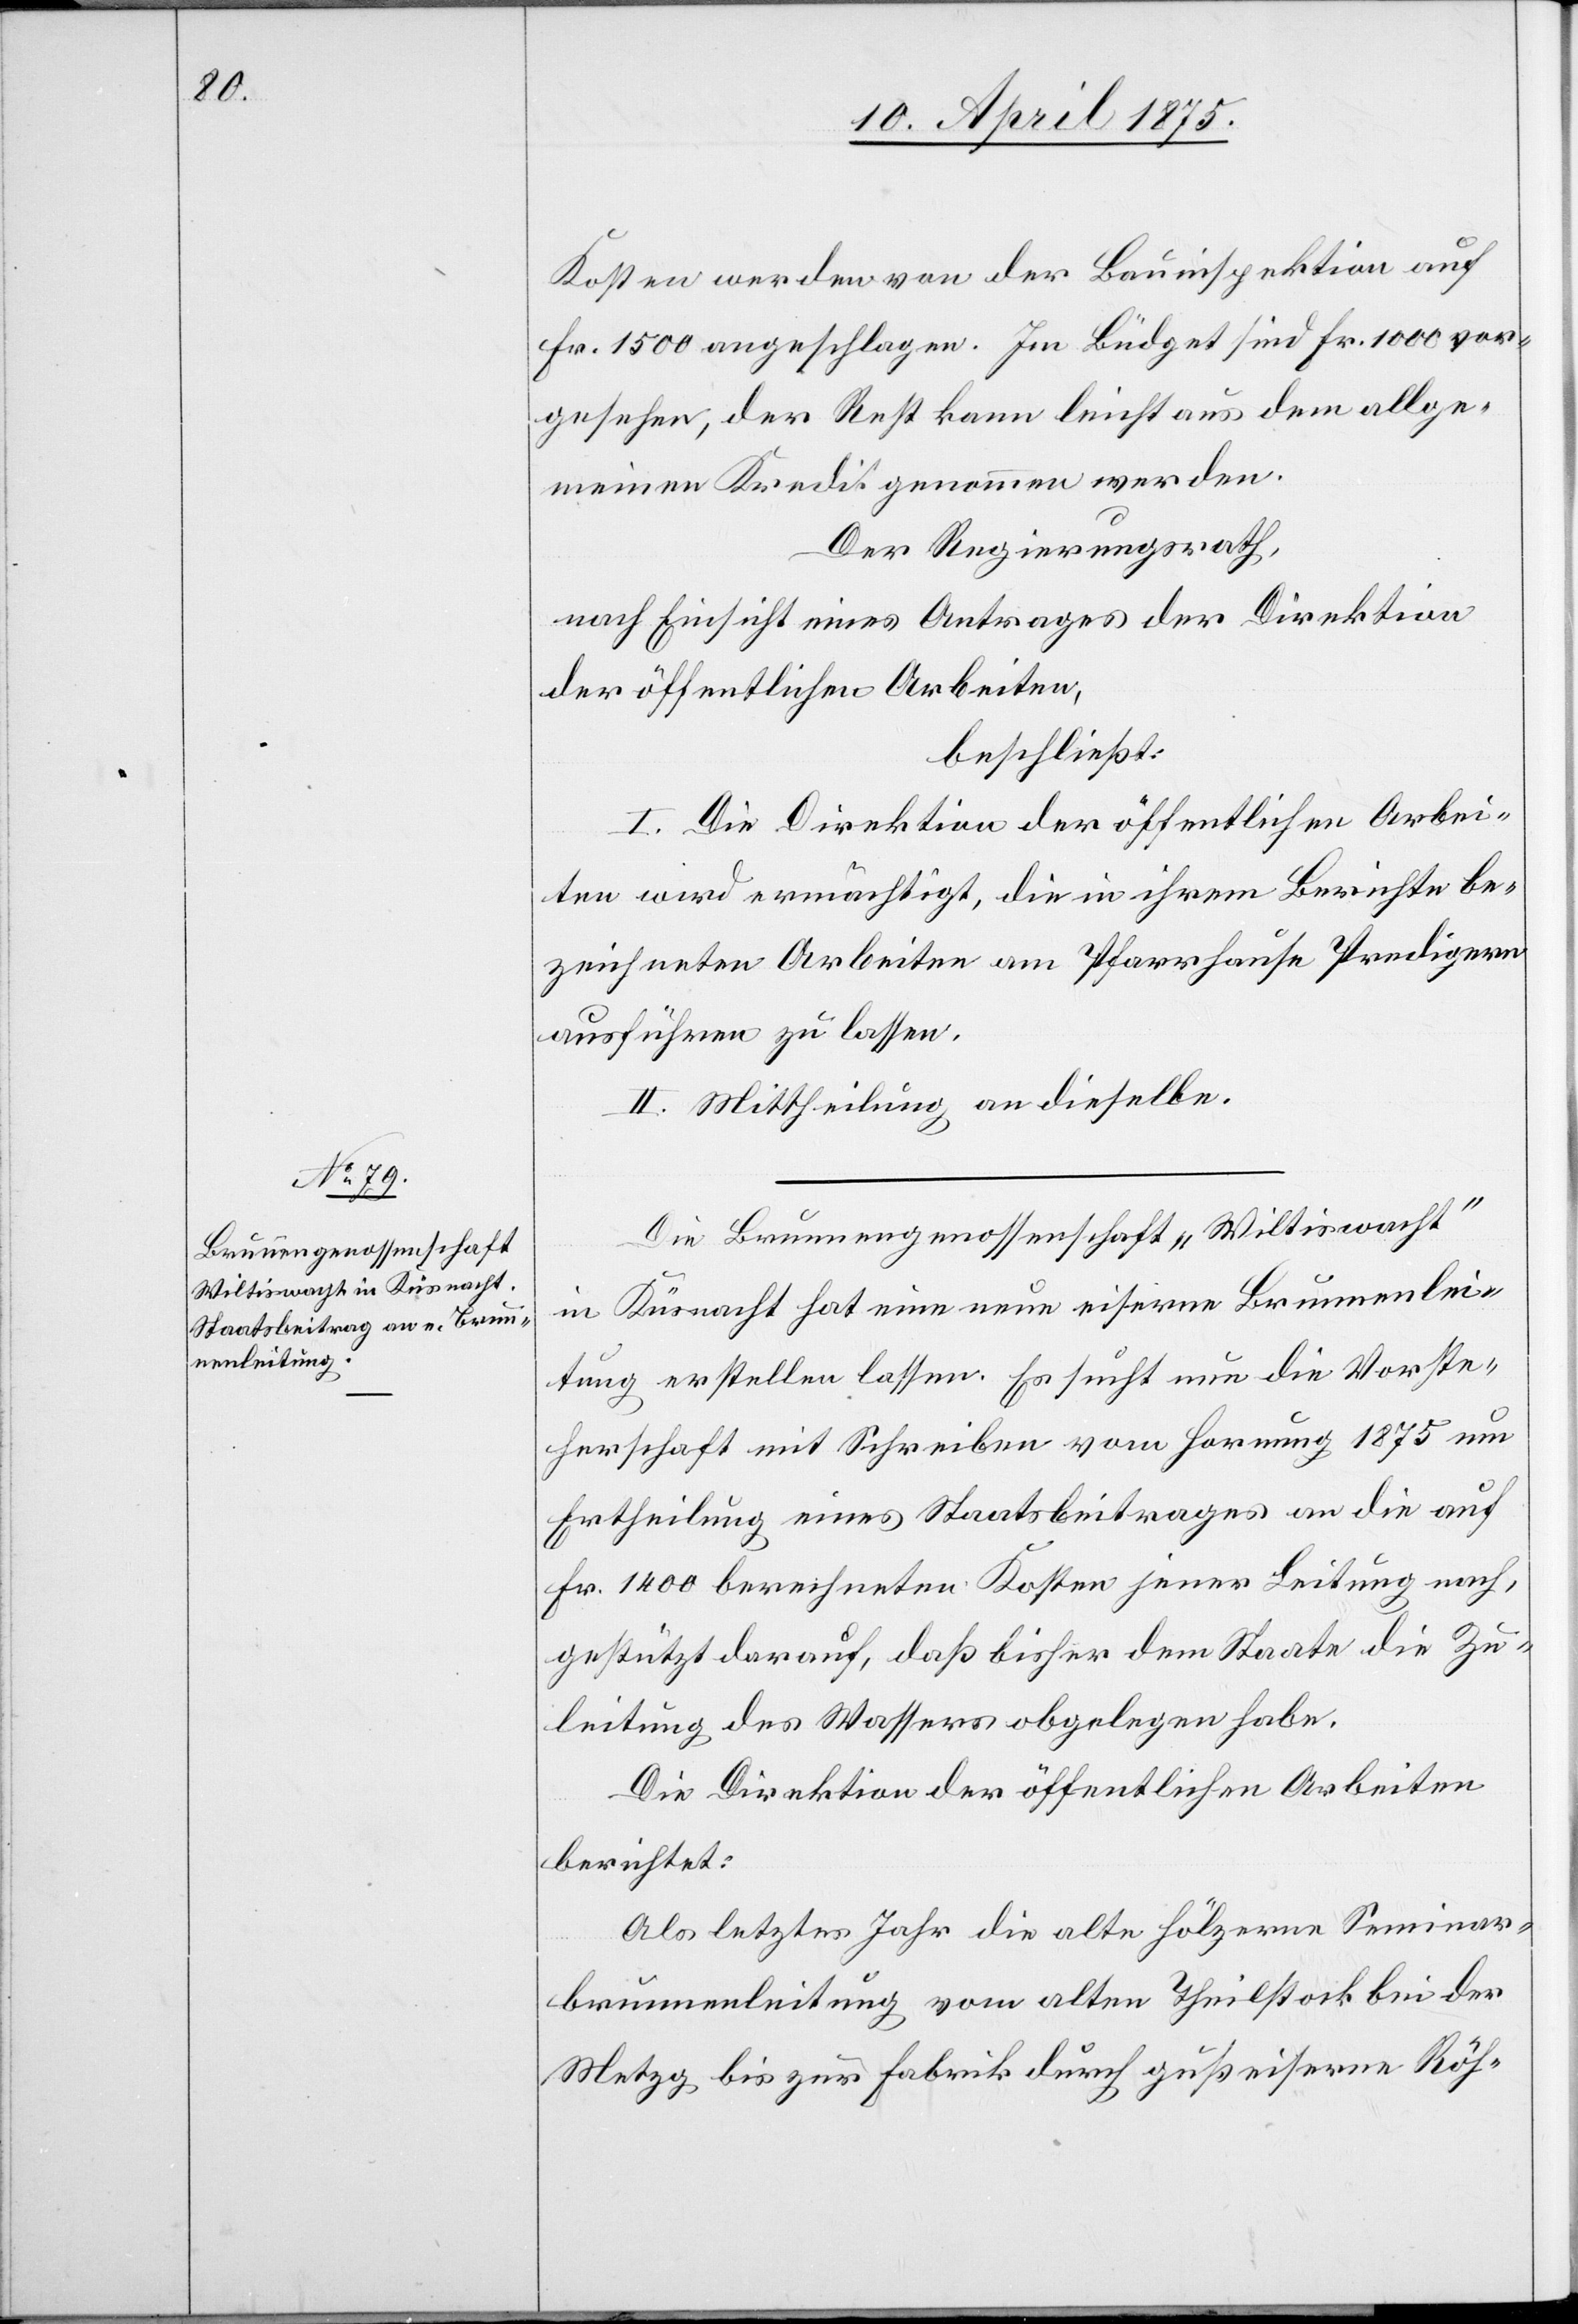
Kosten werden von der Bauinspektion auf
Fr. 1500 angeschlagen. Im Büdget sind Fr. 1000 vor¬
gesehen; der Rest kann leicht aus dem allge¬
meinen Kredit genommen werden.
Der Regierungsrath,
nach Einsicht eines Antrages der Direktion
der öffentlichen Arbeiten,
beschließt:
I. Die Direktion der öffentlichen Arbei¬
ten wird ermächtigt, die in ihrem Berichte be¬
zeichneten Arbeiten am Pfarrhause Predigern
ausführen zu lassen.
II. Mittheilung an dieselbe.
Die Brunnengenossenschaft „Wiltiswacht“
in Küsnacht hat eine neue eiserne Brunnenlei¬
tung erstellen lassen. Es sucht nun die Vorste¬
herschaft mit Schreiben vom […] Hornung 1875 um
Ertheilung eines Staatsbeitrages an die auf
Fr. 1400 berechneten Kosten jener Leitung nach,
gestützt darauf, daß bisher dem Staate die Zu¬
leitung des Wassers obgelegen habe.
Die Direktion der öffentlichen Arbeiten
berichtet:
Als letztes Jahr die alte hölzerne Seminar¬
brunnenleitung vom alten Theilstock bei der
Metzg bis zur Fabrik durch gußeiserne Röh-